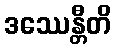
ဒဿေန္တီတိ